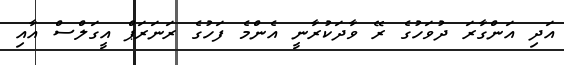
އަދި އަންގާރަ ދުވަހުގެ ރޭ ވާދަކުރާނީ އެންމެ ފަހުގެ ރަނަރަޕް އީގަލްސް އާއި